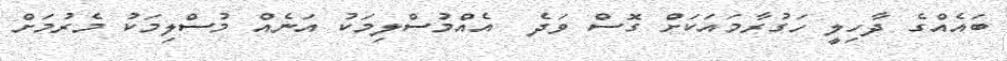
ބައެއްގެ ދާހިލީ ހަގުރާމައަކަށް ގޮސް ވަދެ  އެއްމުސްލިމަކު އަނެއް މުސްލިމަކު މެރުމަށް